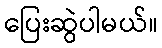
ပြေးဆွဲပါမယ်။